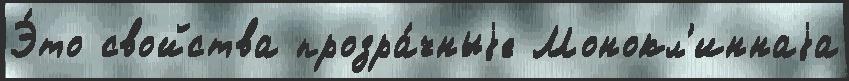
Э́то свойства прозра́чныjе Монокл'иннаjа